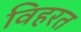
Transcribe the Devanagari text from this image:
विहरत